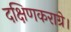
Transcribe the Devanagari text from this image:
दक्षिणकराग्रे।